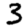
Digit: 3